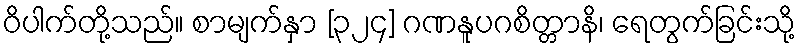
ဝိပါက်တို့သည်။ စာမျက်နှာ [၃၂၄] ဂဏနူပဂစိတ္တာနိ၊ ရေတွက်ခြင်းသို့